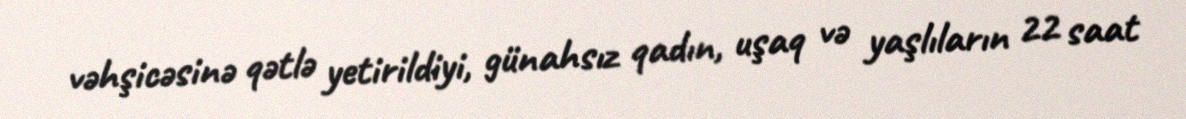
vəhşicəsinə qətlə yetirildiyi, günahsız qadın, uşaq və yaşlıların 22 saat